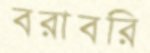
বরাবরি